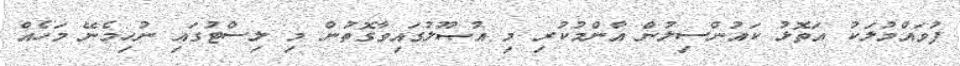
ފުވައްމުލަކު އަތޮޅު ކައުންސިލުން އާންމުކުރި މި އުޞޫލުގައިވާގޮތުން މި ލިސްޓުގައި ނުހިމެނޭ މަހެއް